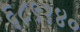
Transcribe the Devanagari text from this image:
६८९१४०